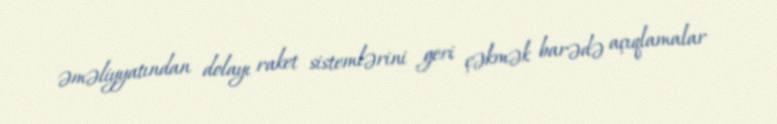
əməliyyatından dolayı raket sistemlərini geri çəkmək barədə açıqlamalar